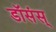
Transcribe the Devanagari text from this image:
डॉसंस्